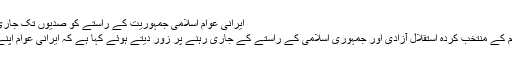
ایرانی عوام اسلامی جمہوریت کے راستے کو صدیوں تک جاری رکھیں گے، صدر مملکت ڈاکٹر حسن روحانی
اسلامی جمہوریہ ایران کے صدر نے ایرانی عوام کے منتخب کردہ استقلال آزادی اور جمہوری اسلامی کے راستے کے جاری رہنے پر زور دیتے ہوئے کہا ہے کہ ایرانی عوام اپنے اس راستے کو صدیوں تک جاری رکھیں گے۔